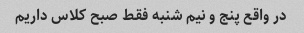
در واقع پنج و نیم شنبه فقط صبح کلاس داریم